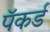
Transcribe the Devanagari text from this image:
पॅकर्ड